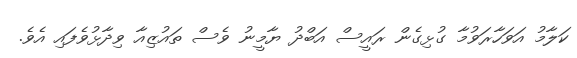
ކަލާމު އަވަހާރަވުމާ ގުޅިގެން ރައީސް އަބްދު ޔާމީނު ވެސް ތައުޒިއާ ވިދާޅުވެފައި އެވެ.